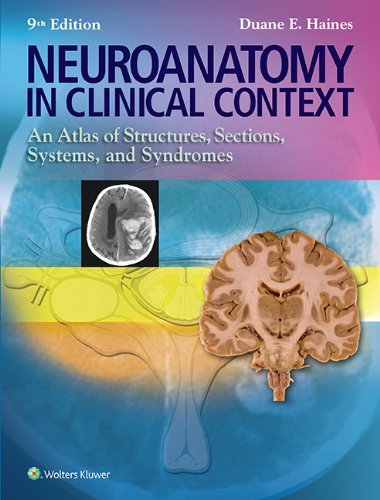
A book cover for By Duane E. Haines PhD Neuroanatomy in Clinical Context: An Atlas of Structures, Sections, Systems, and Syndromes (Neuroana (Ninth, North American Edition); Medical Books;